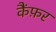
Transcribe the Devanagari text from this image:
कैंफ़र